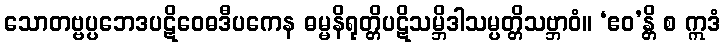
သောတဗ္ဗပ္ပဘေဒပဋိဝေဓဒီပကေန ဓမ္မနိရုတ္တိပဋိသမ္ဘိဒါသမ္ပတ္တိသဗ္ဘာဝံ။ ‘ဧဝ’န္တိ စ ဣဒံ